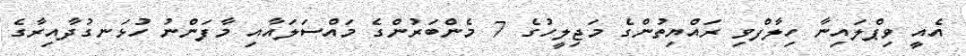
އެއީ ވިޕްލައިނާ ހިލާފްވި ރައްޔިތުންގެ މަޖިލީހުގެ 7 މެންބަރުންގެ މައްސަލައާއި މާފަންނު ހުޅަނގުދާއިރާގެ